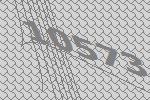
10573